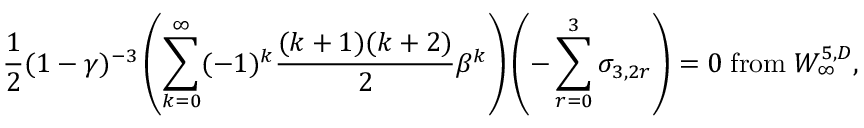
{ \frac { 1 } { 2 } } ( 1 - \gamma ) ^ { - 3 } \left( \sum _ { k = 0 } ^ { \infty } ( - 1 ) ^ { k } { \frac { ( k + 1 ) ( k + 2 ) } { 2 } } \beta ^ { k } \right) \left( - \sum _ { r = 0 } ^ { 3 } \sigma _ { 3 , 2 r } \right) = 0 \; \mathrm { f r o m } \; W _ { \infty } ^ { 5 , D } ,